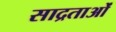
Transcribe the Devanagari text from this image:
साद्रताओं